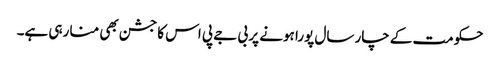
حکومت کے چار سال پورا ہونے پر بی جے پی اس کا جشن بھی منا رہی ہے۔